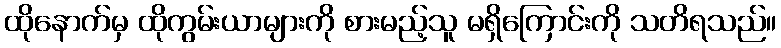
ထိုနောက်မှ ထိုကွမ်းယာများကို စားမည့်သူ မရှိကြောင်းကို သတိရသည်။